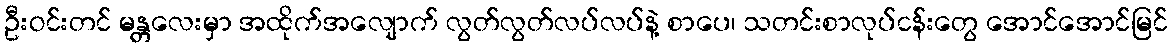
ဦးဝင်းတင် မန္တလေးမှာ အထိုက်အလျောက် လွတ်လွတ်လပ်လပ်နဲ့ စာပေ၊ သတင်းစာလုပ်ငန်းတွေ အောင်အောင်မြင်